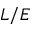
L / E